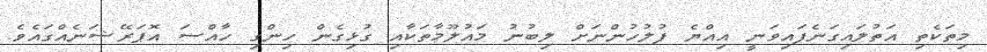
މިތަކެތި އަތުލައިގަނެފައިވަނީ އިއްޔެ ފުލުހުންނަށް ލިބުނު މައުލޫމާތަކާއި ގުޅިގެން ހިންގި ހާއްސަ އޮޕަރޭޝަނެއްގައެވެ.